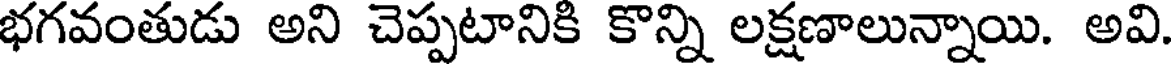
భగవంతుడు అని చెప్పటానికి కొన్ని లక్షణాలున్నాయి. అవి.